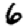
Digit: 6